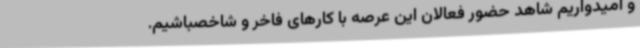
و امیدواریم شاهد حضور فعالان این عرصه با کارهای فاخر و شاخصباشیم.